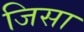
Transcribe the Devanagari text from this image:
जिसा